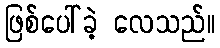
ဖြစ်ပေါ်ခဲ့ လေသည်။